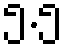
၅.၅